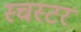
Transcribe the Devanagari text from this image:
स्चस्टर